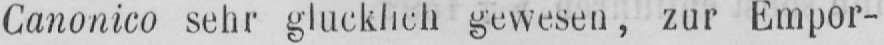
Canonico sehr glücklich gewesen, zur Empor-